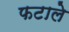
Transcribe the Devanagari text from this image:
फटाले